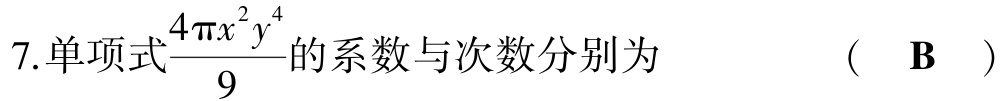
7.单项式$\frac{4\pi x^{2}y^{4}}{9}$的系数与次数分别为  （  B  ）